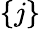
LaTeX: \{ j\}